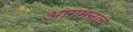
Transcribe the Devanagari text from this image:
आगमनाचे